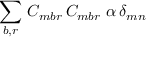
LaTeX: \sum _ { b , r } \, C _ { m b r } \, C _ { m b r } \, \, \alpha \, \delta _ { m n }